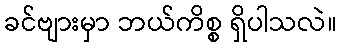
ခင်ဗျားမှာ ဘယ်ကိစ္စ ရှိပါသလဲ။